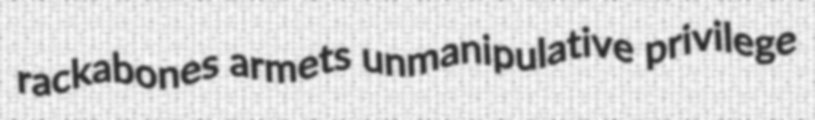
rackabones armets unmanipulative privilege